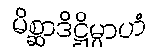
မိစ္ဆာဒိဋ္ဌိမ္ပာဟံ